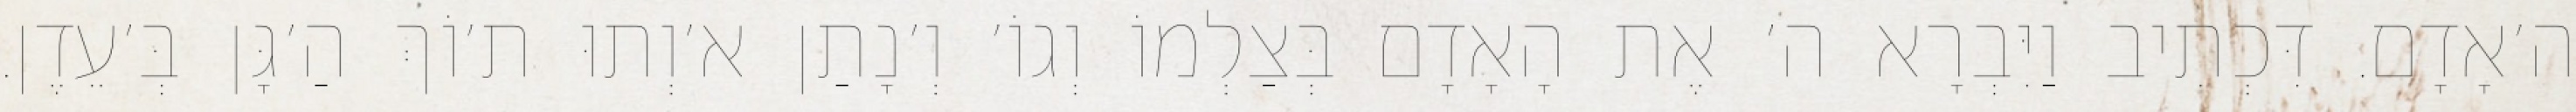
ה׳אָדָם. דִּכְתִיב וַיִּבְרָא ה׳ אֶת הָאָדָם בְּצַלְמוֹ וְגוֹ׳ וְ׳נָתַן א׳וְתוּ ת׳וֹךְ הַ׳גָּן בְּ׳עֵדֶן.